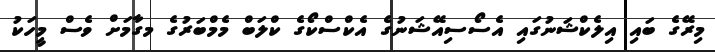
މިރޭގެ ބައި އިލެކްޝަނުގައި އެސޯސިއޭޝަނުގެ އެކްސްކޯގެ ކްލަބް މެމްބަރުގެ މގާމަށް ވެސް މީހަކު